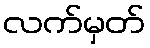
လက်မှတ်